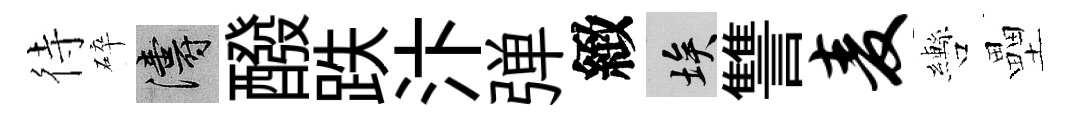
待碎濤醱跌汴弹緻埃讐麦轡壘